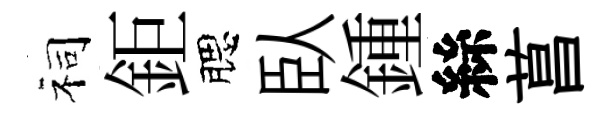
祠鉅腮臥鍾絲菖